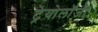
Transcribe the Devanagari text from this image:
ट्रेयोलॉजी